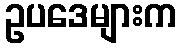
ဥပဒေများက